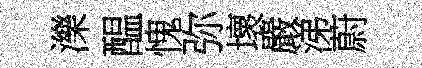
濼醖愧弥壞嚴涕蔚